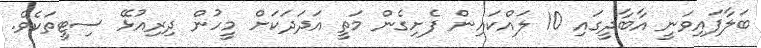
ބަލާފައިވަނީ އާބާދީގައި 10 ލައްކައިން ފެށިގެން މަތީ އަދަދަކަށް މީހުން ދިރިއުޅޭ ސިޓީތަކެވެ.